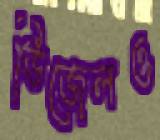
ডিজেলও